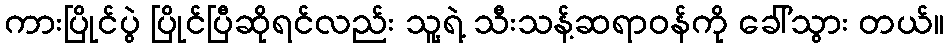
ကားပြိုင်ပွဲ ပြိုင်ပြီဆိုရင်လည်း သူ့ရဲ့ သီးသန့်ဆရာဝန်ကို ခေါ်သွား တယ်။